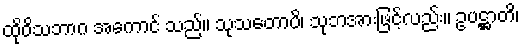
ထိုဝိသဘာဂ အကောင် သည်။ သုသတောပိ၊ သုဘအားဖြင့်လည်း။ ဥပဋ္ဌာတိ၊